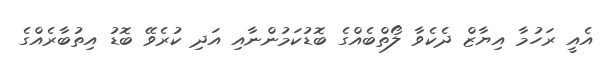
އެއީ ރަހުމާ އިޔާޒް ދެކެވާ ލޯތްބެއްގެ ބޮޑުކަމުންނާއި އަދި ކުރެވޭ ބޮޑު އިތުބާރެއްގެ